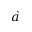
\grave { a }